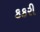
કકરી